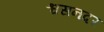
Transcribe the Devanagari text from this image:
श्वसनदर